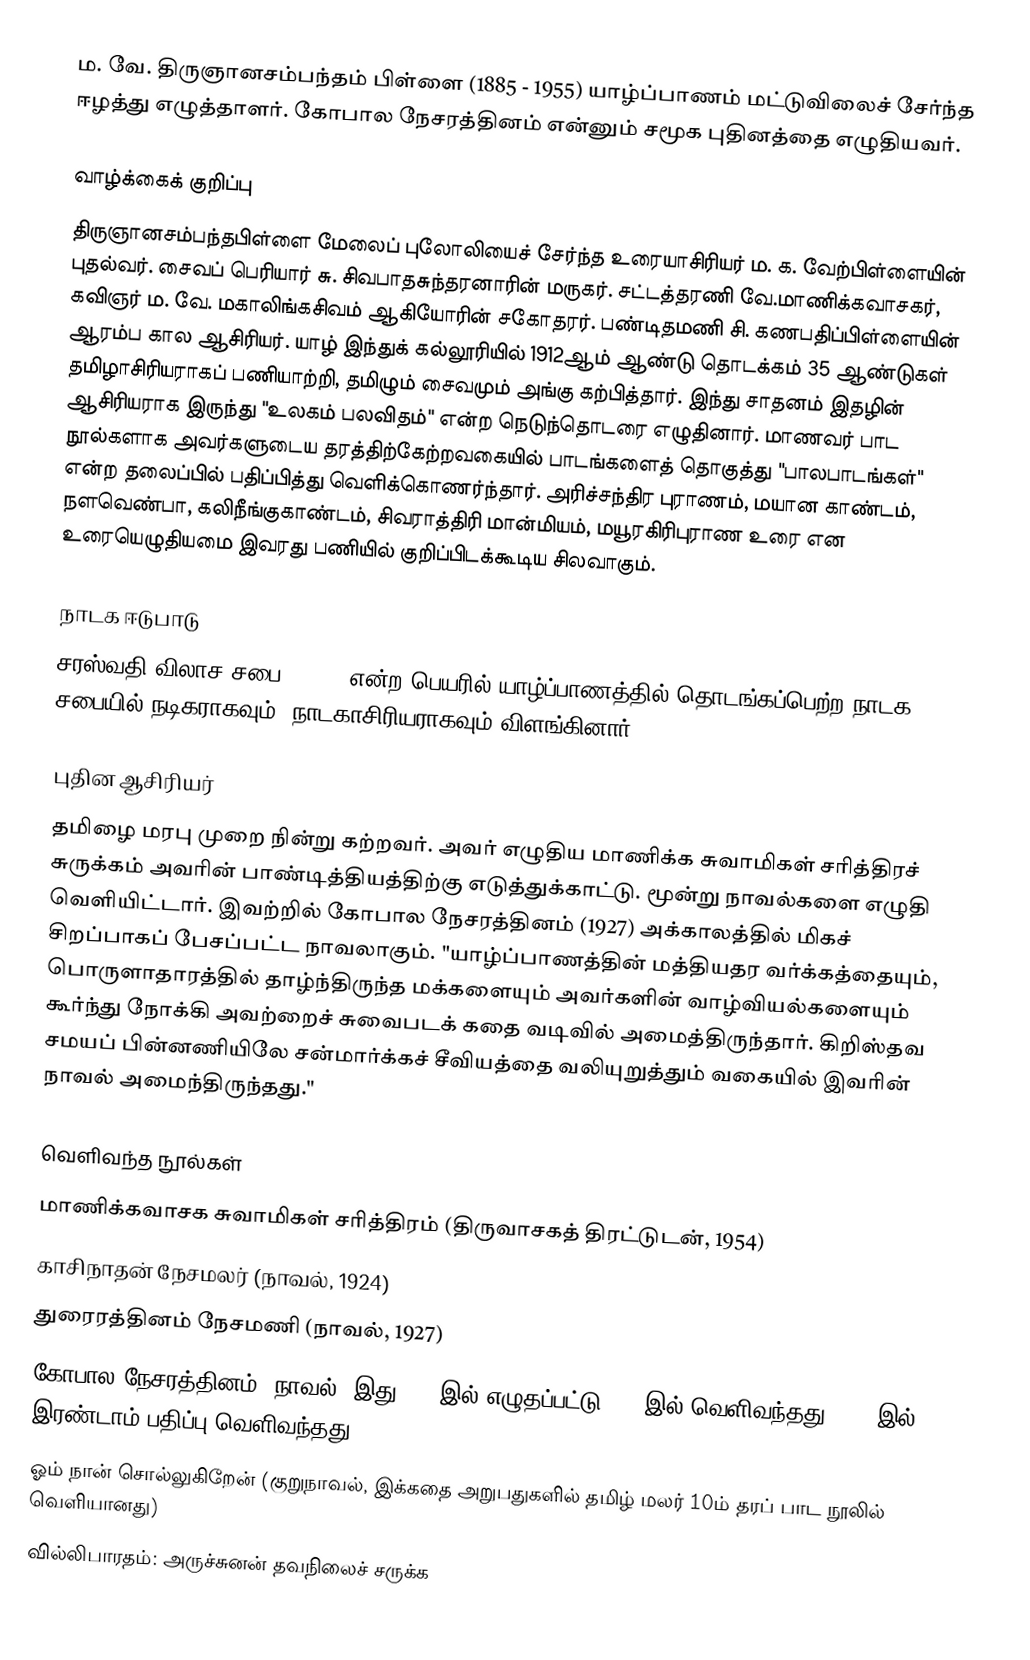
ம. வே. திருஞானசம்பந்தம் பிள்ளை (1885 - 1955) யாழ்ப்பாணம் மட்டுவிலைச் சேர்ந்த ஈழத்து எழுத்தாளர். கோபால நேசரத்தினம் என்னும் சமூக புதினத்தை எழுதியவர்.

வாழ்க்கைக் குறிப்பு
திருஞானசம்பந்தபிள்ளை மேலைப் புலோலியைச் சேர்ந்த உரையாசிரியர் ம. க. வேற்பிள்ளையின் புதல்வர். சைவப் பெரியார் சு. சிவபாதசுந்தரனாரின் மருகர். சட்டத்தரணி வே.மாணிக்கவாசகர், கவிஞர் ம. வே. மகாலிங்கசிவம் ஆகியோரின் சகோதரர். பண்டிதமணி சி. கணபதிப்பிள்ளையின் ஆரம்ப கால ஆசிரியர். யாழ் இந்துக் கல்லூரியில் 1912ஆம் ஆண்டு தொடக்கம் 35 ஆண்டுகள் தமிழாசிரியராகப் பணியாற்றி, தமிழும் சைவமும் அங்கு கற்பித்தார். இந்து சாதனம் இதழின் ஆசிரியராக இருந்து "உலகம் பலவிதம்" என்ற நெடுந்தொடரை எழுதினார். மாணவர் பாட நூல்களாக அவர்களுடைய தரத்திற்கேற்றவகையில் பாடங்களைத் தொகுத்து "பாலபாடங்கள்" என்ற தலைப்பில் பதிப்பித்து வெளிக்கொணர்ந்தார். அரிச்சந்திர புராணம், மயான காண்டம், நளவெண்பா, கலிநீங்குகாண்டம், சிவராத்திரி மான்மியம், மயூரகிரிபுராண உரை என உரையெழுதியமை இவரது பணியில் குறிப்பிடக்கூடிய சிலவாகும்.

நாடக ஈடுபாடு
சரஸ்வதி விலாச சபை (1914) என்ற பெயரில் யாழ்ப்பாணத்தில் தொடங்கப்பெற்ற நாடக சபையில் நடிகராகவும், நாடகாசிரியராகவும் விளங்கினார்.

புதின ஆசிரியர்
தமிழை மரபு முறை நின்று கற்றவர். அவர் எழுதிய மாணிக்க சுவாமிகள் சரித்திரச் சுருக்கம் அவரின் பாண்டித்தியத்திற்கு எடுத்துக்காட்டு. மூன்று நாவல்களை எழுதி வெளியிட்டார். இவற்றில் கோபால நேசரத்தினம் (1927) அக்காலத்தில் மிகச் சிறப்பாகப் பேசப்பட்ட நாவலாகும். "யாழ்ப்பாணத்தின் மத்தியதர வர்க்கத்தையும், பொருளாதாரத்தில் தாழ்ந்திருந்த மக்களையும் அவர்களின் வாழ்வியல்களையும் கூர்ந்து நோக்கி அவற்றைச் சுவைபடக் கதை வடிவில் அமைத்திருந்தார். கிறிஸ்தவ சமயப் பின்னணியிலே சன்மார்க்கச் சீவியத்தை வலியுறுத்தும் வகையில் இவரின் நாவல் அமைந்திருந்தது."

வெளிவந்த நூல்கள்
மாணிக்கவாசக சுவாமிகள் சரித்திரம் (திருவாசகத் திரட்டுடன், 1954)
காசிநாதன் நேசமலர் (நாவல், 1924)
துரைரத்தினம் நேசமணி (நாவல், 1927)
கோபால நேசரத்தினம் (நாவல், இது 1921இல் எழுதப்பட்டு 1927இல் வெளிவந்தது. 1948இல் இரண்டாம் பதிப்பு வெளிவந்தது)
ஓம் நான் சொல்லுகிறேன் (குறுநாவல், இக்கதை அறுபதுகளில் தமிழ் மலர் 10ம் தரப் பாட நூலில் வெளியானது)
வில்லிபாரதம்: அருச்சுனன் தவநிலைச் சருக்க